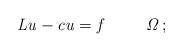
LaTeX: \begin{align*}\it{L}u-cu=f \quad\quad\,\,\,\Omega\,;\end{align*}